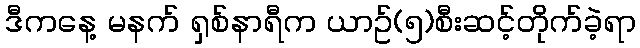
ဒီကနေ့ မနက် ရှစ်နာရီက ယာဥ်(၅)စီးဆင့်တိုက်ခဲ့ရာ